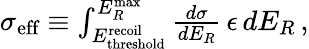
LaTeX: \begin{array}{r}{\sigma_{\textup{eff}}\equiv\int_{E_{\textup{threshold}}^{\textup{recoil}}}^{E_{R}^{\textup{max}}}\frac{d\sigma}{dE_{R}}\, \epsilon\, dE_{R}\, ,}\end{array}